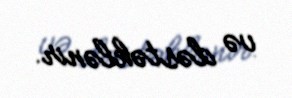
və dəstəklənir.